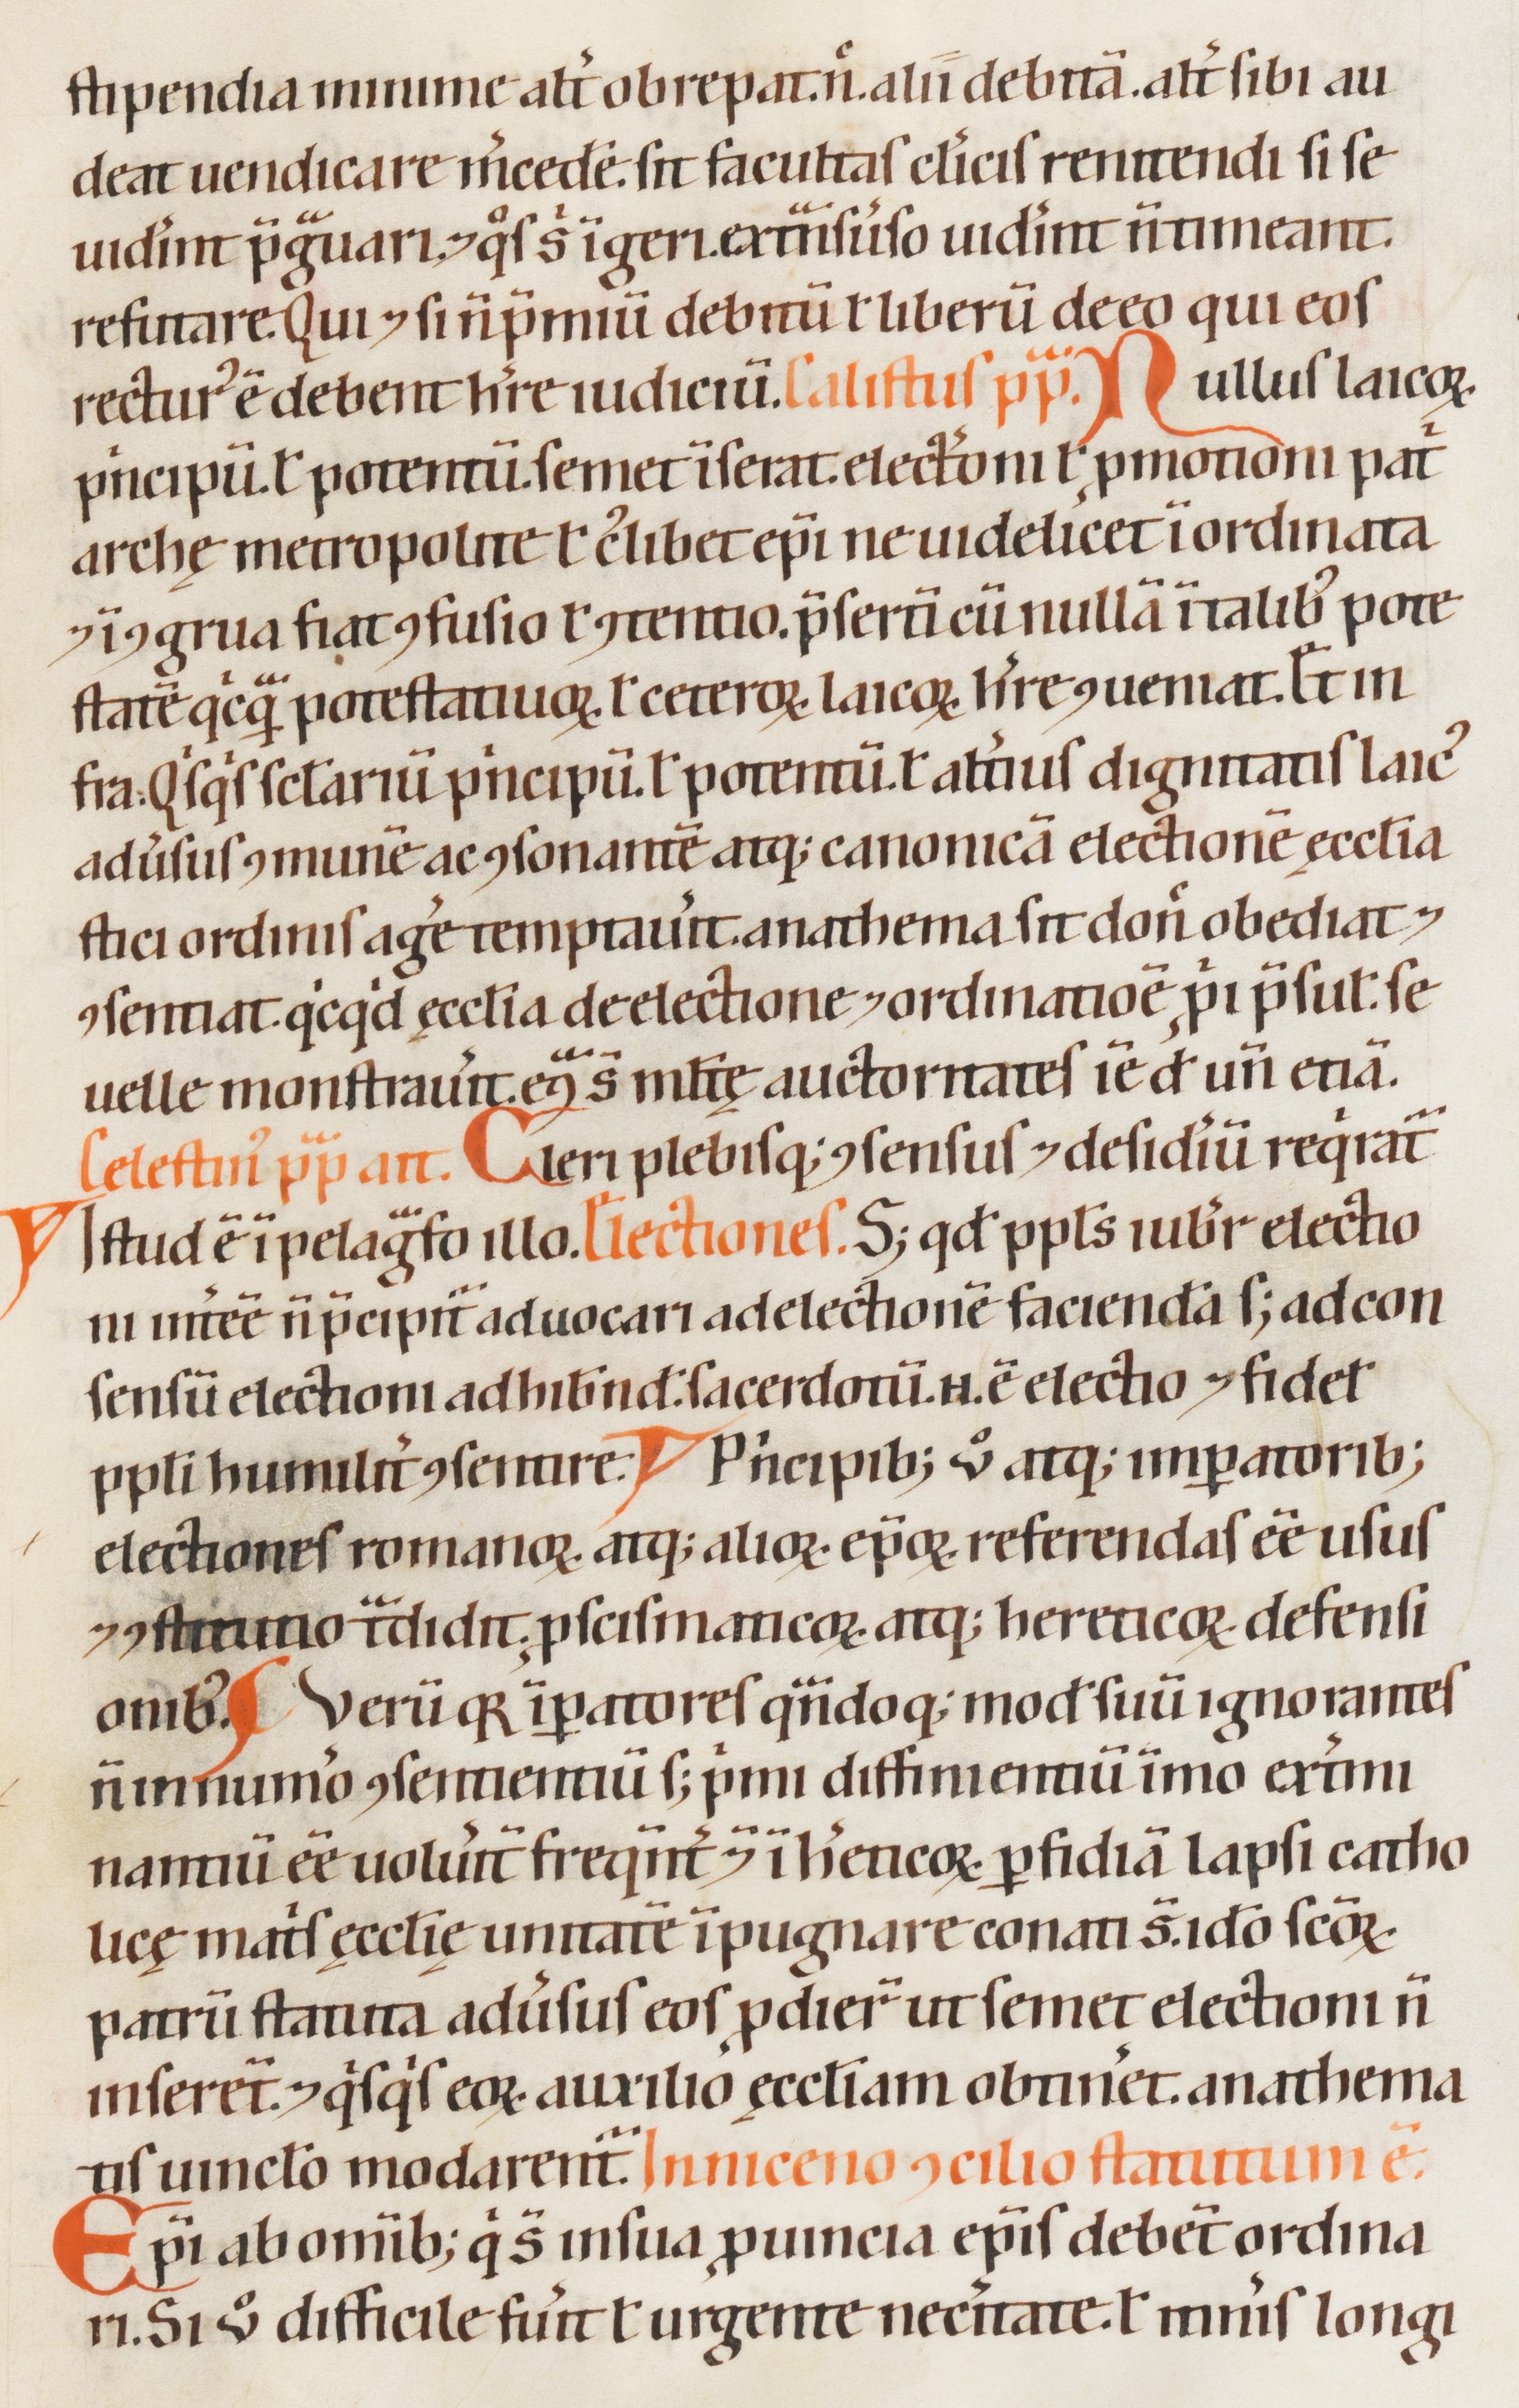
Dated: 1200–1299